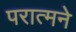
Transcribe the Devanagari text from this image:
परात्मने